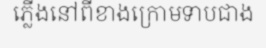
ភ្លើងនៅពីខាងក្រោមទាបជាង